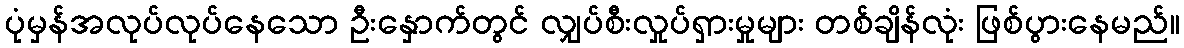
ပုံမှန်အလုပ်လုပ်နေသော ဦးနှောက်တွင် လျှပ်စီးလှုပ်ရှားမှုများ တစ်ချိန်လုံး ဖြစ်ပွားနေမည်။